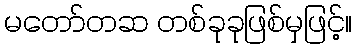
မတော်တဆ တစ်ခုခုဖြစ်မှဖြင့်။